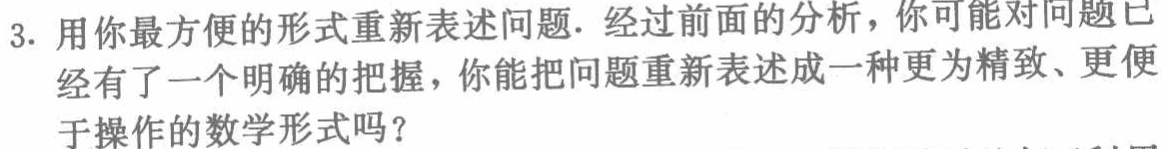
3. 用你最方便的形式重新表述问题. 经过前面的分析，你可能对问题已经有了一个明确的把握，你能把问题重新表述成一种更为精致、更便于操作的数学形式吗？